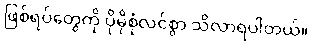
ဖြစ်ရပ်တွေကို ပိုမိုစုံလင်စွာ သိလာရပါတယ်။